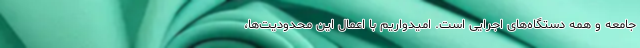
جامعه و همه دستگاه‌های اجرایی است. امیدواریم با اعمال این محدودیت‌ها،